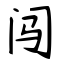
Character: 闯